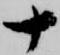
十